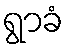
ရွာခံ